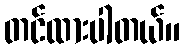
တင်ထားပါတယ်။